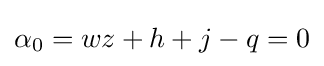
\alpha _{0}=wz+h+j-q=0